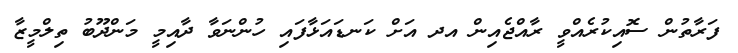
ފަރާތުން ސޮއިކުރެއްވީ ރާއްޖެއިން އދ އަށް ކަނޑައަޅާފައި ހުންނަވާ ދާއިމީ މަންދޫބު ތިލްމީޒާ